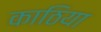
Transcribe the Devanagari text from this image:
काठिया